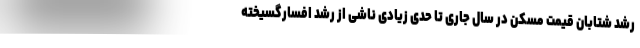
رشد شتابان قیمت مسکن در سال جاری تا حدی زیادی ناشی از رشد افسارگسیخته